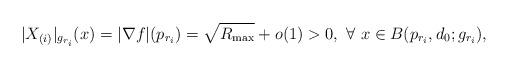
LaTeX: \begin{align*} |X_{(i)}|_{g_{r_i}}( x)=|\nabla f|(p_{r_i})=\sqrt{R_{\rm max}}+o(1)>0, ~\forall~ x\in B(p_{r_i},d_{0} ; {g_{r_i}}), \end{align*}